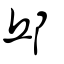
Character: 邱